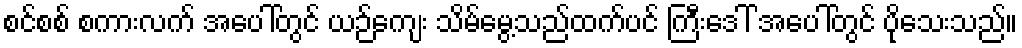
စင်စစ် စကားလက် အပေါ်တွင် ယဉ်ကျေး သိမ်မွေ့သည်ထက်ပင် ကြီးဒေါ် အပေါ်တွင် ပိုသေးသည်။